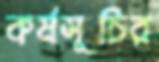
কর্মসূচির